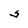
Character: S